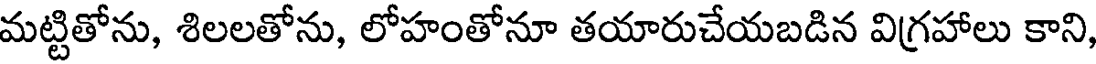
మట్టితోను, శిలలతోను, లోహంతోనూ తయారుచేయబడిన విగ్రహాలు కాని,